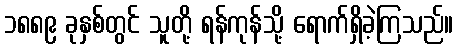
၁၈၈၉ ခုနှစ်တွင် သူတို့ ရန်ကုန်သို့ ရောက်ရှိခဲ့ကြသည်။